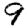
Digit: 9